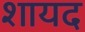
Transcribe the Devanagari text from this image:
शायद